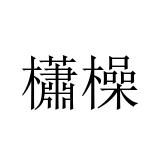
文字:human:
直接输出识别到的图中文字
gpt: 櫹橾